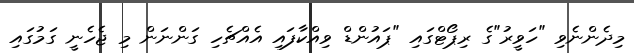
މިދެންނެވި "ހަވީރު"ގެ ރިޕޯޓްގައި "ޕައުންޑް ވިއްކާފައި އެއްޗެހި ގަންނަން މި ޖެހެނީ ގަމުގައި